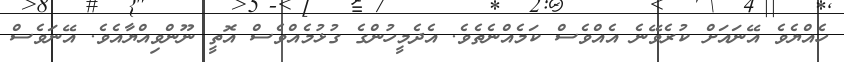
ހެއްޔެވެ އޭނައަށް ކުރެވޭނެ އެއްވެސް ކަމެއްނެތެވެ. އެދެމީހުންގެ ގުޅުމެއްވެސް އޮތީ ނޫންވިއްޔާއެވެ. އޭނަވެސް